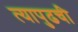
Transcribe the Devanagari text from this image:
त्यापुढची